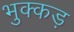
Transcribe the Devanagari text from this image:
भुक्कड़